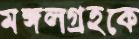
মঙ্গলগ্রহকে